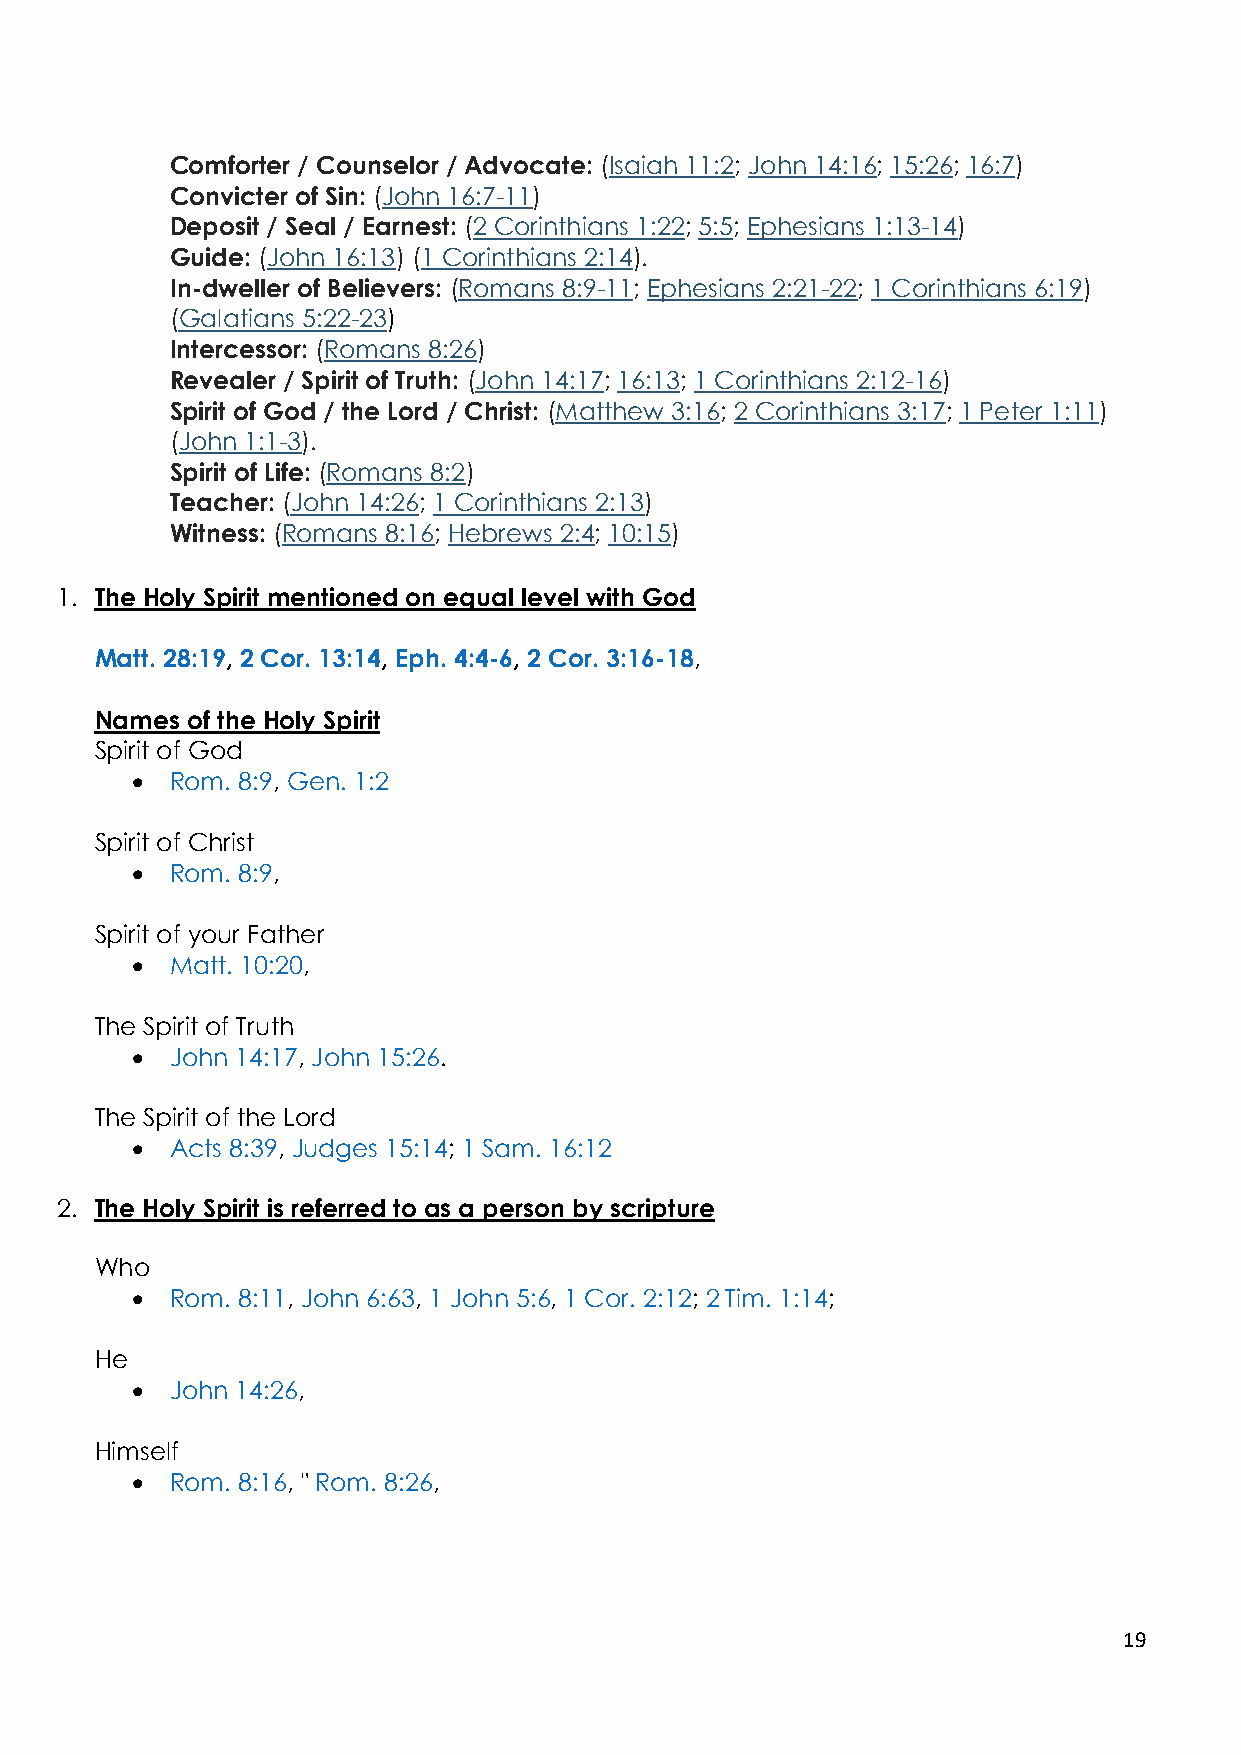
Comforter / Counselor / Advocate: (Isaiah 11:2; John 14:16; 15:26; 16:7)
 Convicter of Sin: (John 16:7-11)
 Deposit / Seal / Earnest: (2 Corinthians 1:22; 5:5; Ephesians 1:13-14)
 Guide: (John 16:13) (1 Corinthians 2:14).
 In-dweller of Believers: (Romans 8:9-11; Ephesians 2:21-22; 1 Corinthians 6:19)
 (Galatians 5:22-23)
 Intercessor: (Romans 8:26)
 Revealer / Spirit of Truth: (John 14:17; 16:13; 1 Corinthians 2:12-16)
 Spirit of God / the Lord / Christ: (Matthew 3:16; 2 Corinthians 3:17; 1 Peter 1:11)
 (John 1:1-3).
 Spirit of Life: (Romans 8:2)
 Teacher: (John 14:26; 1 Corinthians 2:13)
 Witness: (Romans 8:16; Hebrews 2:4; 10:15)
 1. The Holy Spirit mentioned on equal level with God
 Matt. 28:19, 2 Cor. 13:14, Eph. 4:4-6, 2 Cor. 3:16-18,
 Names of the Holy Spirit
 Spirit of God
 • Rom. 8:9, Gen. 1:2
 Spirit of Christ
 • Rom. 8:9,
 Spirit of your Father
 • Matt. 10:20,
 The Spirit of Truth
 • John 14:17, John 15:26.
 The Spirit of the Lord
 • Acts 8:39, Judges 15:14; 1 Sam. 16:12
 2. The Holy Spirit is referred to as a person by scripture
 Who
 • Rom. 8:11, John 6:63, 1 John 5:6, 1 Cor. 2:12; 2 Tim. 1:14;
 He
 • John 14:26,
 Himself
 • Rom. 8:16, " Rom. 8:26,
 19